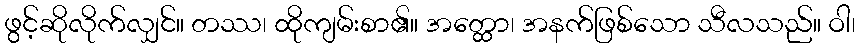
ဖွင့်ဆိုလိုက်လျှင်။ တဿ၊ ထိုကျမ်းစာ၏။ အတ္ထော၊ အနက်ဖြစ်သော သီလသည်။ ဝါ၊